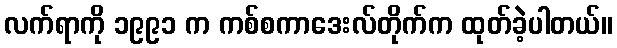
လက်ရာကို ၁၉၉၁ က ကစ်စကာဒေးလ်တိုက်က ထုတ်ခဲ့ပါတယ်။